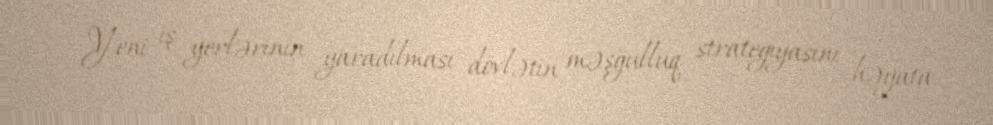
- Yeni iş yerlərinin yaradılması dövlətin məşğulluq strategiyasını həyata